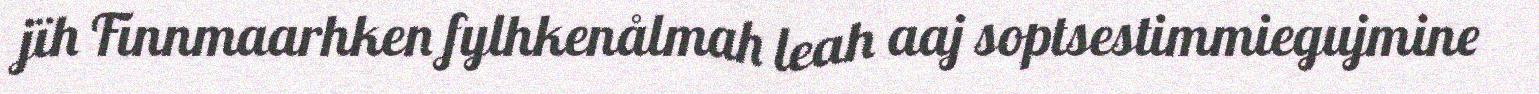
jïh Finnmaarhken fylhkenålmah leah aaj soptsestimmiegujmine